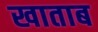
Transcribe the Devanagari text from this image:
खाताब